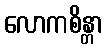
လောကစိန္တာ